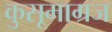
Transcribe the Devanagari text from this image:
कुसूमाग्रज